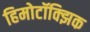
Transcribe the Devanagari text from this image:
हिमोटॉक्झिक